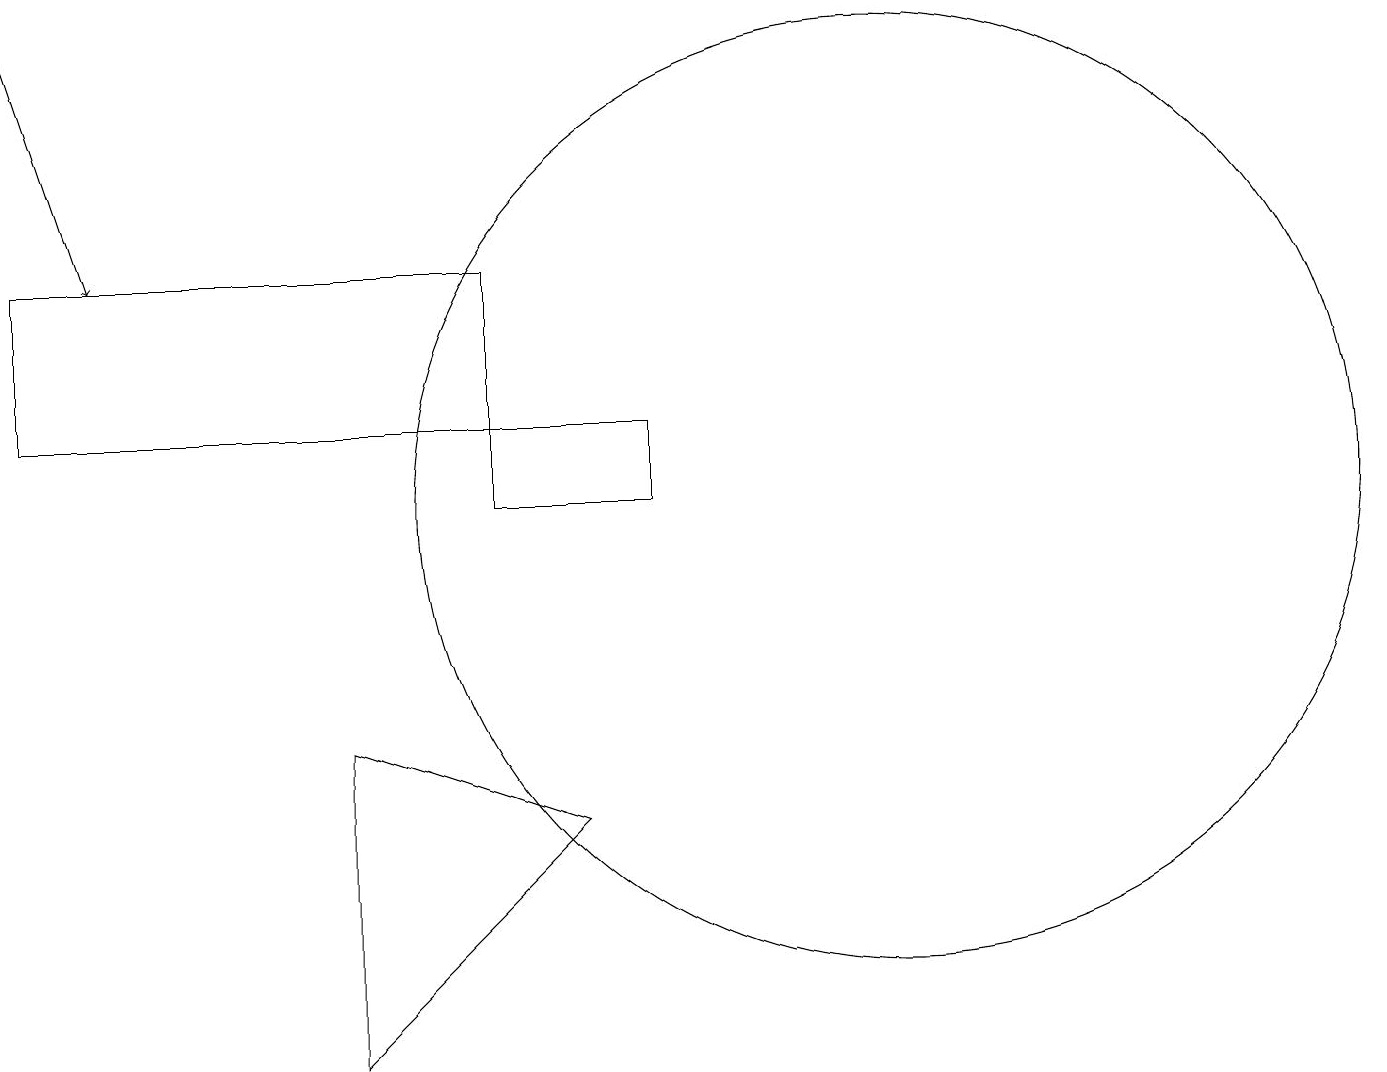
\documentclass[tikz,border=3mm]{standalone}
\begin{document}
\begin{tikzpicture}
\draw (6,12) rectangle (0,14);
\draw (4,8) -- (4,4) -- (7,7) -- cycle;
\draw (11,11) circle (6);
\draw[->] (0,17) -- (1,14);
\draw (8,12) rectangle (6,11);
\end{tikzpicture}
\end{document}